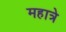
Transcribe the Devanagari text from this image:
महात्रे